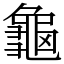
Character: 龜